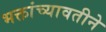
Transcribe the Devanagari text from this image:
भक्तांच्यावतीने